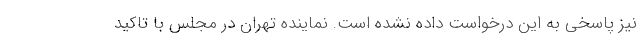
نیز پاسخی به این درخواست داده نشده است. نماینده تهران در مجلس با تاکید